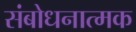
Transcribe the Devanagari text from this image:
संबोधनात्मक